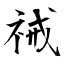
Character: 祴